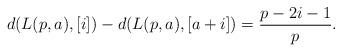
LaTeX: \begin{align*}d(L(p,a),[i])-d(L(p,a),[a+i])=\frac{p-2i-1}{p}.\end{align*}